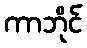
ကာဘိုင်